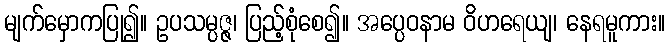
မျက်မှောကပြု၍။ ဥပသမ္ပဇ္ဇ၊ ပြည့်စုံစေ၍။ အပ္ပေဝနာမ ဝိဟရေယျ၊ နေရမူကား။